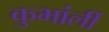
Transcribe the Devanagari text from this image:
कुभांर्ली